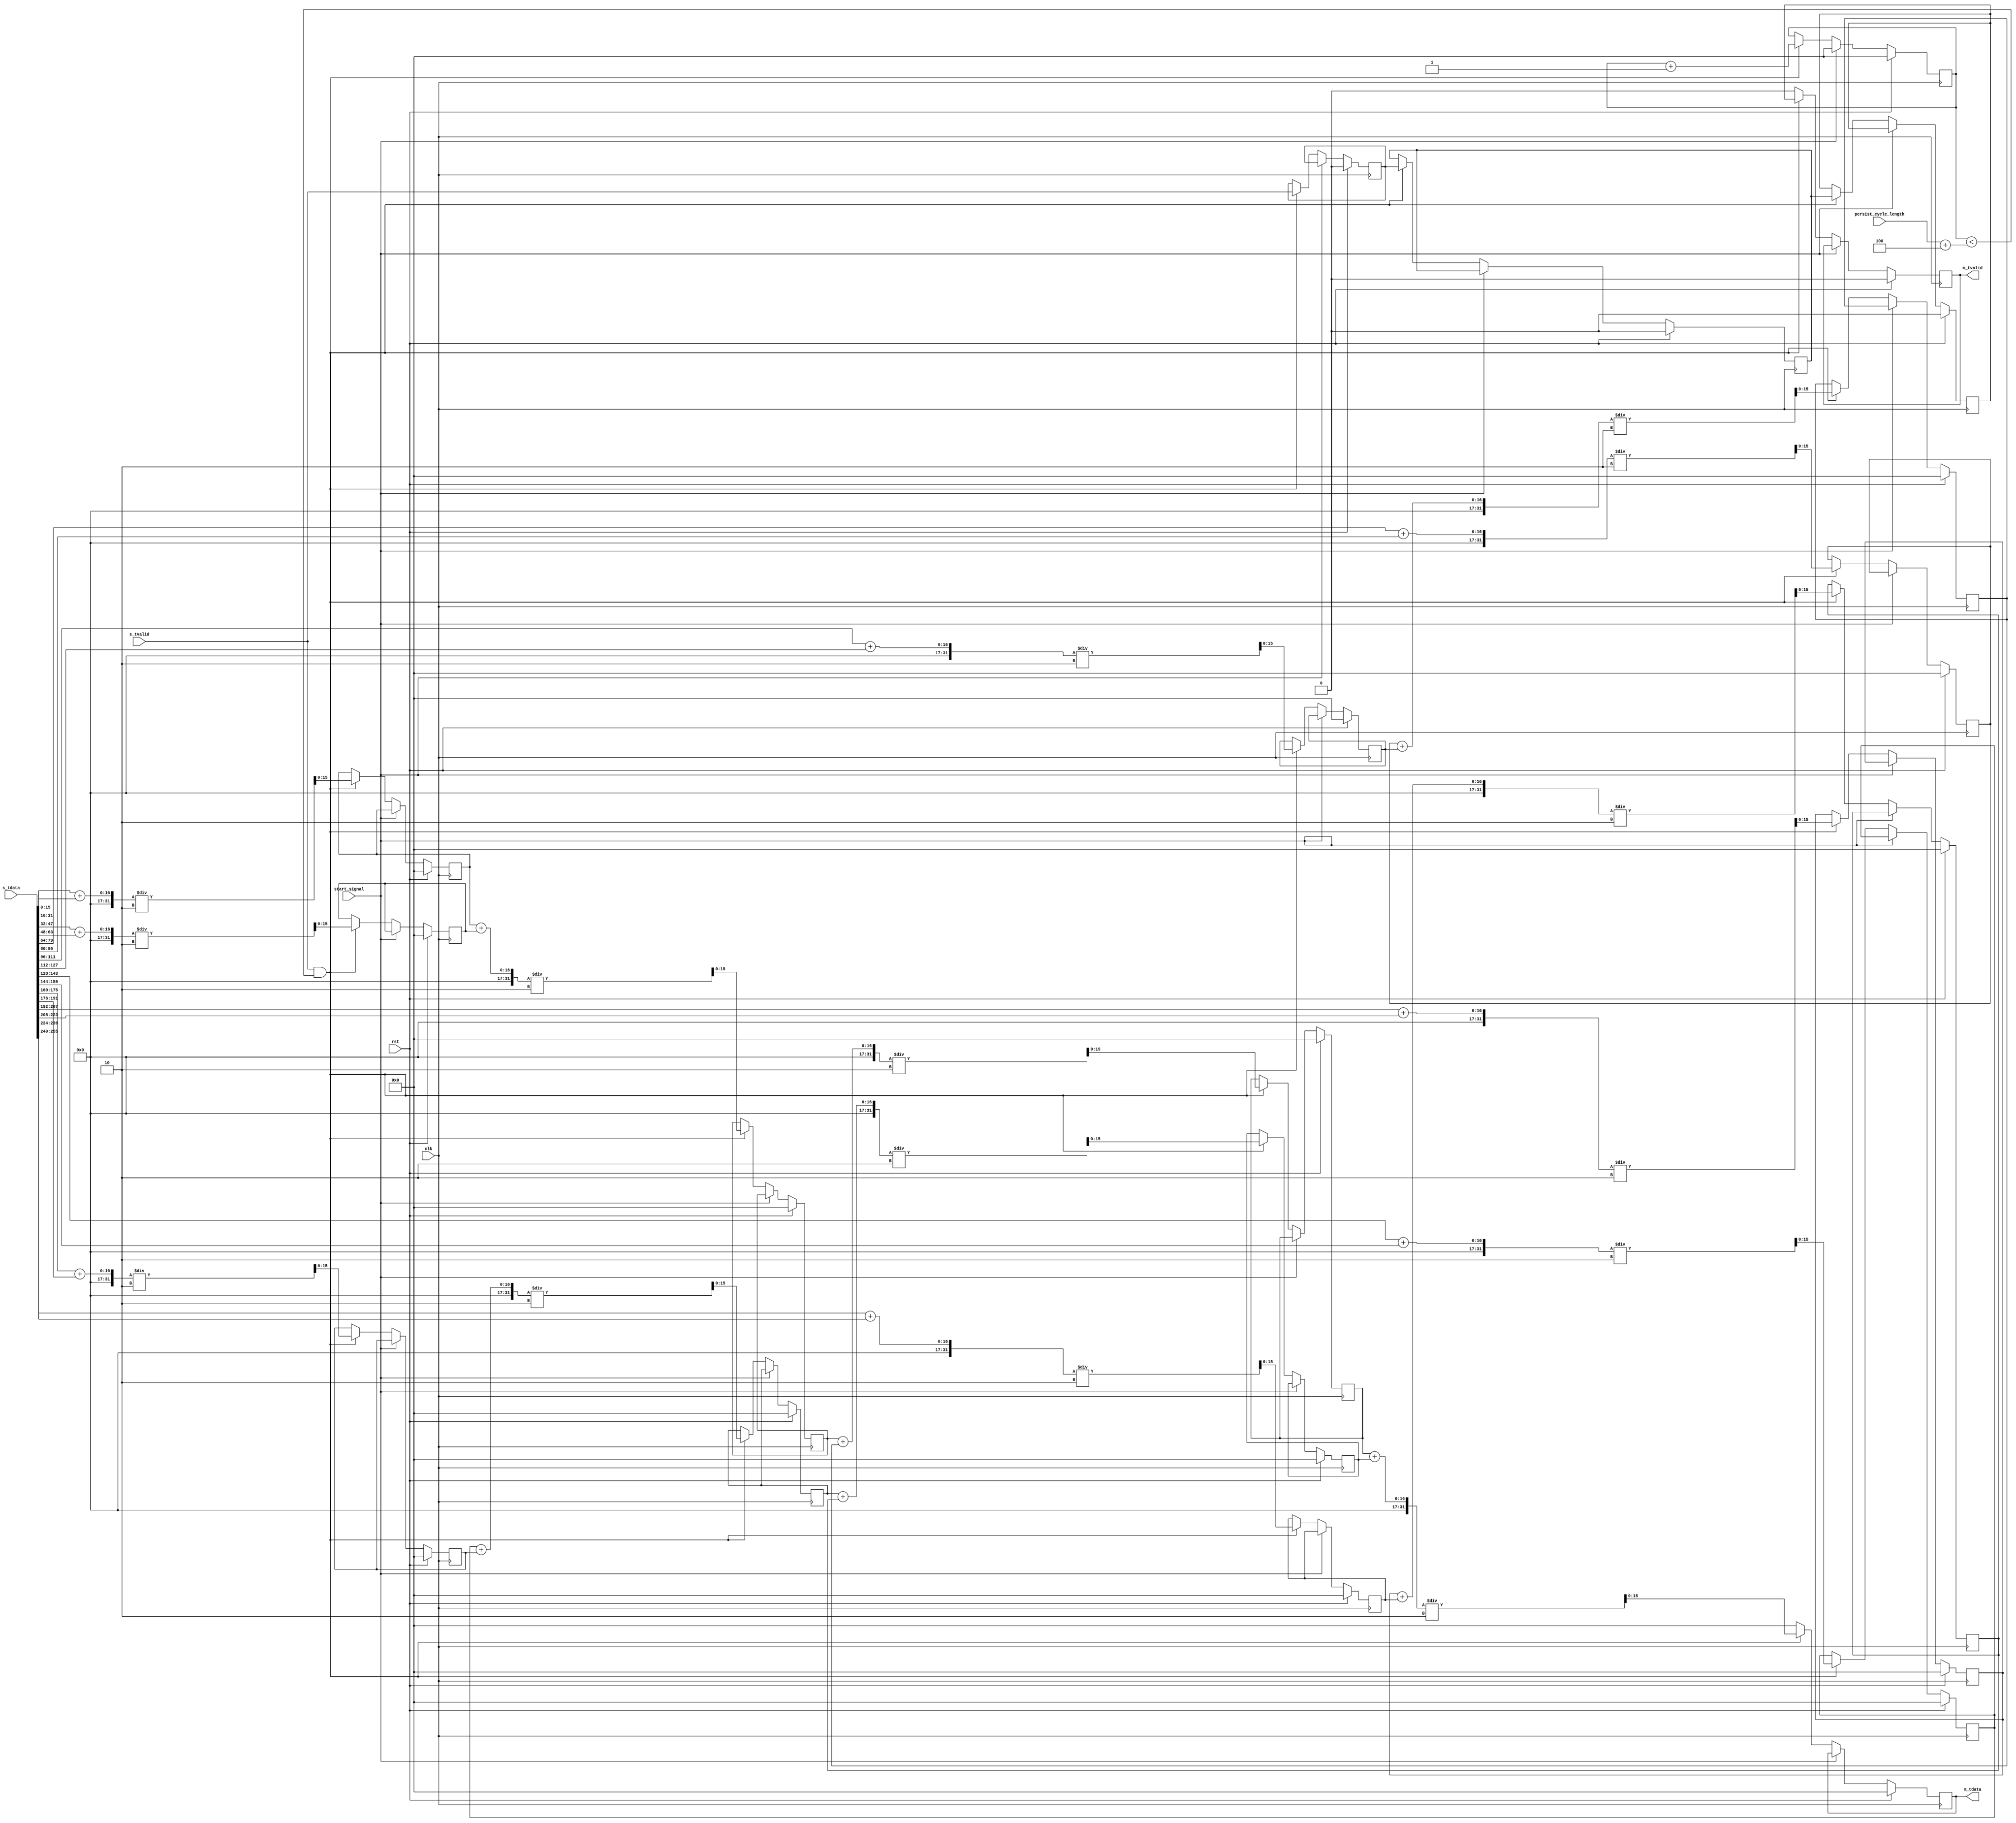
// Language: Verilog 2001

`resetall
`timescale 1ns / 1ps
`default_nettype none


module averager_tree # (
    parameter IN_DATA_WIDTH = 256,
    parameter OUT_DATA_WIDTH = 16
)(
    input wire clk,
    input wire rst,
    input wire start_signal,
    input wire [15:0] persist_cycle_length,

    input wire [IN_DATA_WIDTH-1:0] s_tdata,  // we assume the number here is signed
    input wire s_tvalid,

    output wire [OUT_DATA_WIDTH-1:0] m_tdata,
    output wire m_tvalid
);
    reg [15:0] r1_adder_1;
    reg [15:0] r1_adder_2;
    reg [15:0] r1_adder_3;
    reg [15:0] r1_adder_4;
    reg [15:0] r1_adder_5;
    reg [15:0] r1_adder_6;
    reg [15:0] r1_adder_7;
    reg [15:0] r1_adder_8;

    reg [15:0] r2_adder_1;
    reg [15:0] r2_adder_2;
    reg [15:0] r2_adder_3;
    reg [15:0] r2_adder_4;

    reg [15:0] r3_adder_1;
    reg [15:0] r3_adder_2;

    reg [15:0] r4_adder_1;

    reg r1_valid;
    reg r2_valid;
    reg r3_valid;
    reg r4_valid;

    assign m_tdata = r4_adder_1;
    assign m_tvalid = r4_valid;

    reg [15:0] cycle_count;

    always @ (posedge clk) begin
        if (rst) begin
            r1_adder_1 <= 16'd0;
            r1_adder_2 <= 16'd0;
            r1_adder_3 <= 16'd0;
            r1_adder_4 <= 16'd0;
            r1_adder_5 <= 16'd0;
            r1_adder_6 <= 16'd0;
            r1_adder_7 <= 16'd0;
            r1_adder_8 <= 16'd0;
            r1_valid <= 1'b0;

            r2_adder_1 <= 16'd0;
            r2_adder_2 <= 16'd0;
            r2_adder_3 <= 16'd0;
            r2_adder_4 <= 16'd0;
            r2_valid <= 1'b0;

            r3_adder_1 <= 16'd0;
            r3_adder_2 <= 16'd0;
            r3_valid <= 1'b0;

            r4_adder_1 <= 16'd0;
            r4_valid <= 1'b0;

            cycle_count <= 0;
        end else if (start_signal) begin
            cycle_count <= 0;
        end else if (s_tvalid && cycle_count < persist_cycle_length + 4) begin  // 4 more cycles adder tree delay
            r1_adder_1 <= (s_tdata[15:0] + s_tdata[31:16])/2;
            r1_adder_2 <= (s_tdata[47:32] + s_tdata[63:48])/2;
            r1_adder_3 <= (s_tdata[79:64] + s_tdata[95:80])/2;
            r1_adder_4 <= (s_tdata[111:96] + s_tdata[127:112])/2;
            r1_adder_5 <= (s_tdata[143:128] + s_tdata[159:144])/2;
            r1_adder_6 <= (s_tdata[175:160] + s_tdata[191:176])/2;
            r1_adder_7 <= (s_tdata[207:192] + s_tdata[223:208])/2;
            r1_adder_8 <= (s_tdata[239:224] + s_tdata[255:240])/2;
            r1_valid <= s_tvalid;

            r2_adder_1 <= (r1_adder_1 + r1_adder_2)/2;
            r2_adder_2 <= (r1_adder_3 + r1_adder_4)/2;
            r2_adder_3 <= (r1_adder_5 + r1_adder_6)/2;
            r2_adder_4 <= (r1_adder_7 + r1_adder_8)/2;
            r2_valid <= r1_valid;

            r3_adder_1 <= (r2_adder_1 + r2_adder_2)/2;
            r3_adder_2 <= (r2_adder_3 + r2_adder_4)/2;
            r3_valid <= r2_valid;

            r4_adder_1 <= (r3_adder_1 + r3_adder_2)/2;
            r4_valid <= r3_valid;

            cycle_count <= cycle_count + 1;
        end else begin
            r4_adder_1 <= 0;
            r4_valid <= 0;
        end
    end
        
endmodule


`resetall